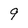
Character: 9